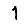
Digit: 1